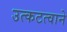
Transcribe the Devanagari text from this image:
उत्कटत्वाने